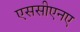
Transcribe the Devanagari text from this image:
एससीएनए